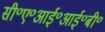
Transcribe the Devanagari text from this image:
सी॰ए॰आई॰आई॰बी॰